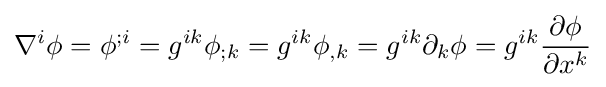
\nabla ^{i}\phi =\phi ^{;i}=g^{ik}\phi _{;k}=g^{ik}\phi _{,k}=g^{ik}\partial _{k}\phi =g^{ik}{\frac {\partial \phi }{\partial x^{k}}}